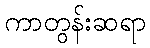
ကာတွန်းဆရာ